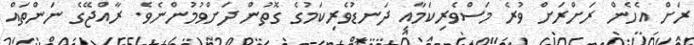
ރަށް އެހެން ރަށްރަށް ވުރެ މަސްވެރިކަމާއި ދަނޑުވެރިކަމުގެ ގޮތުން ދަށްވުމުންނެވެ. ރާއްޖޭގެ ނަންތައް